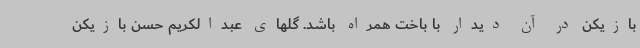
بازیکن در آن دیدار با باخت همراه باشد. گلهای عبدالکریم حسن بازیکن